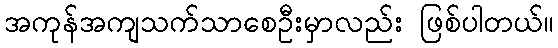
အကုန်အကျသက်သာစေဦးမှာလည်း ဖြစ်ပါတယ်။